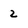
Character: 2